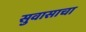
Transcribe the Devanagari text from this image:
सुवासाचा